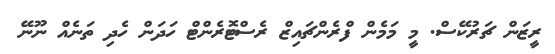
ރީޒަން ޗަރުކޭސް. މީ މަމެން ފްރެންޗައިޒް ރެސްޓޮރެންޓް ހަދަން ހެދި ތަނެއް ނޫނޭ